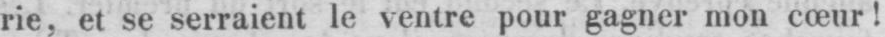
rie, et se serraient le ventre pour gagner mon cœur!